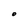
Character: O